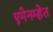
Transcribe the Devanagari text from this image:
एमेनम्हेत